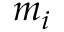
m _ { i }